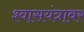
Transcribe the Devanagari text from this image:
श्वासयंत्रावर